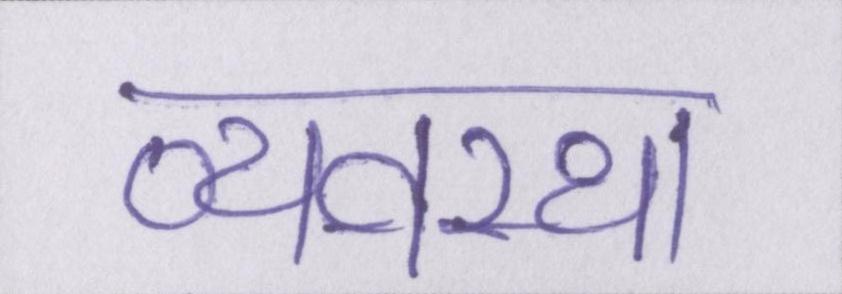
व्यवस्था